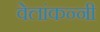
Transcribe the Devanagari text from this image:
वेलांकन्नी